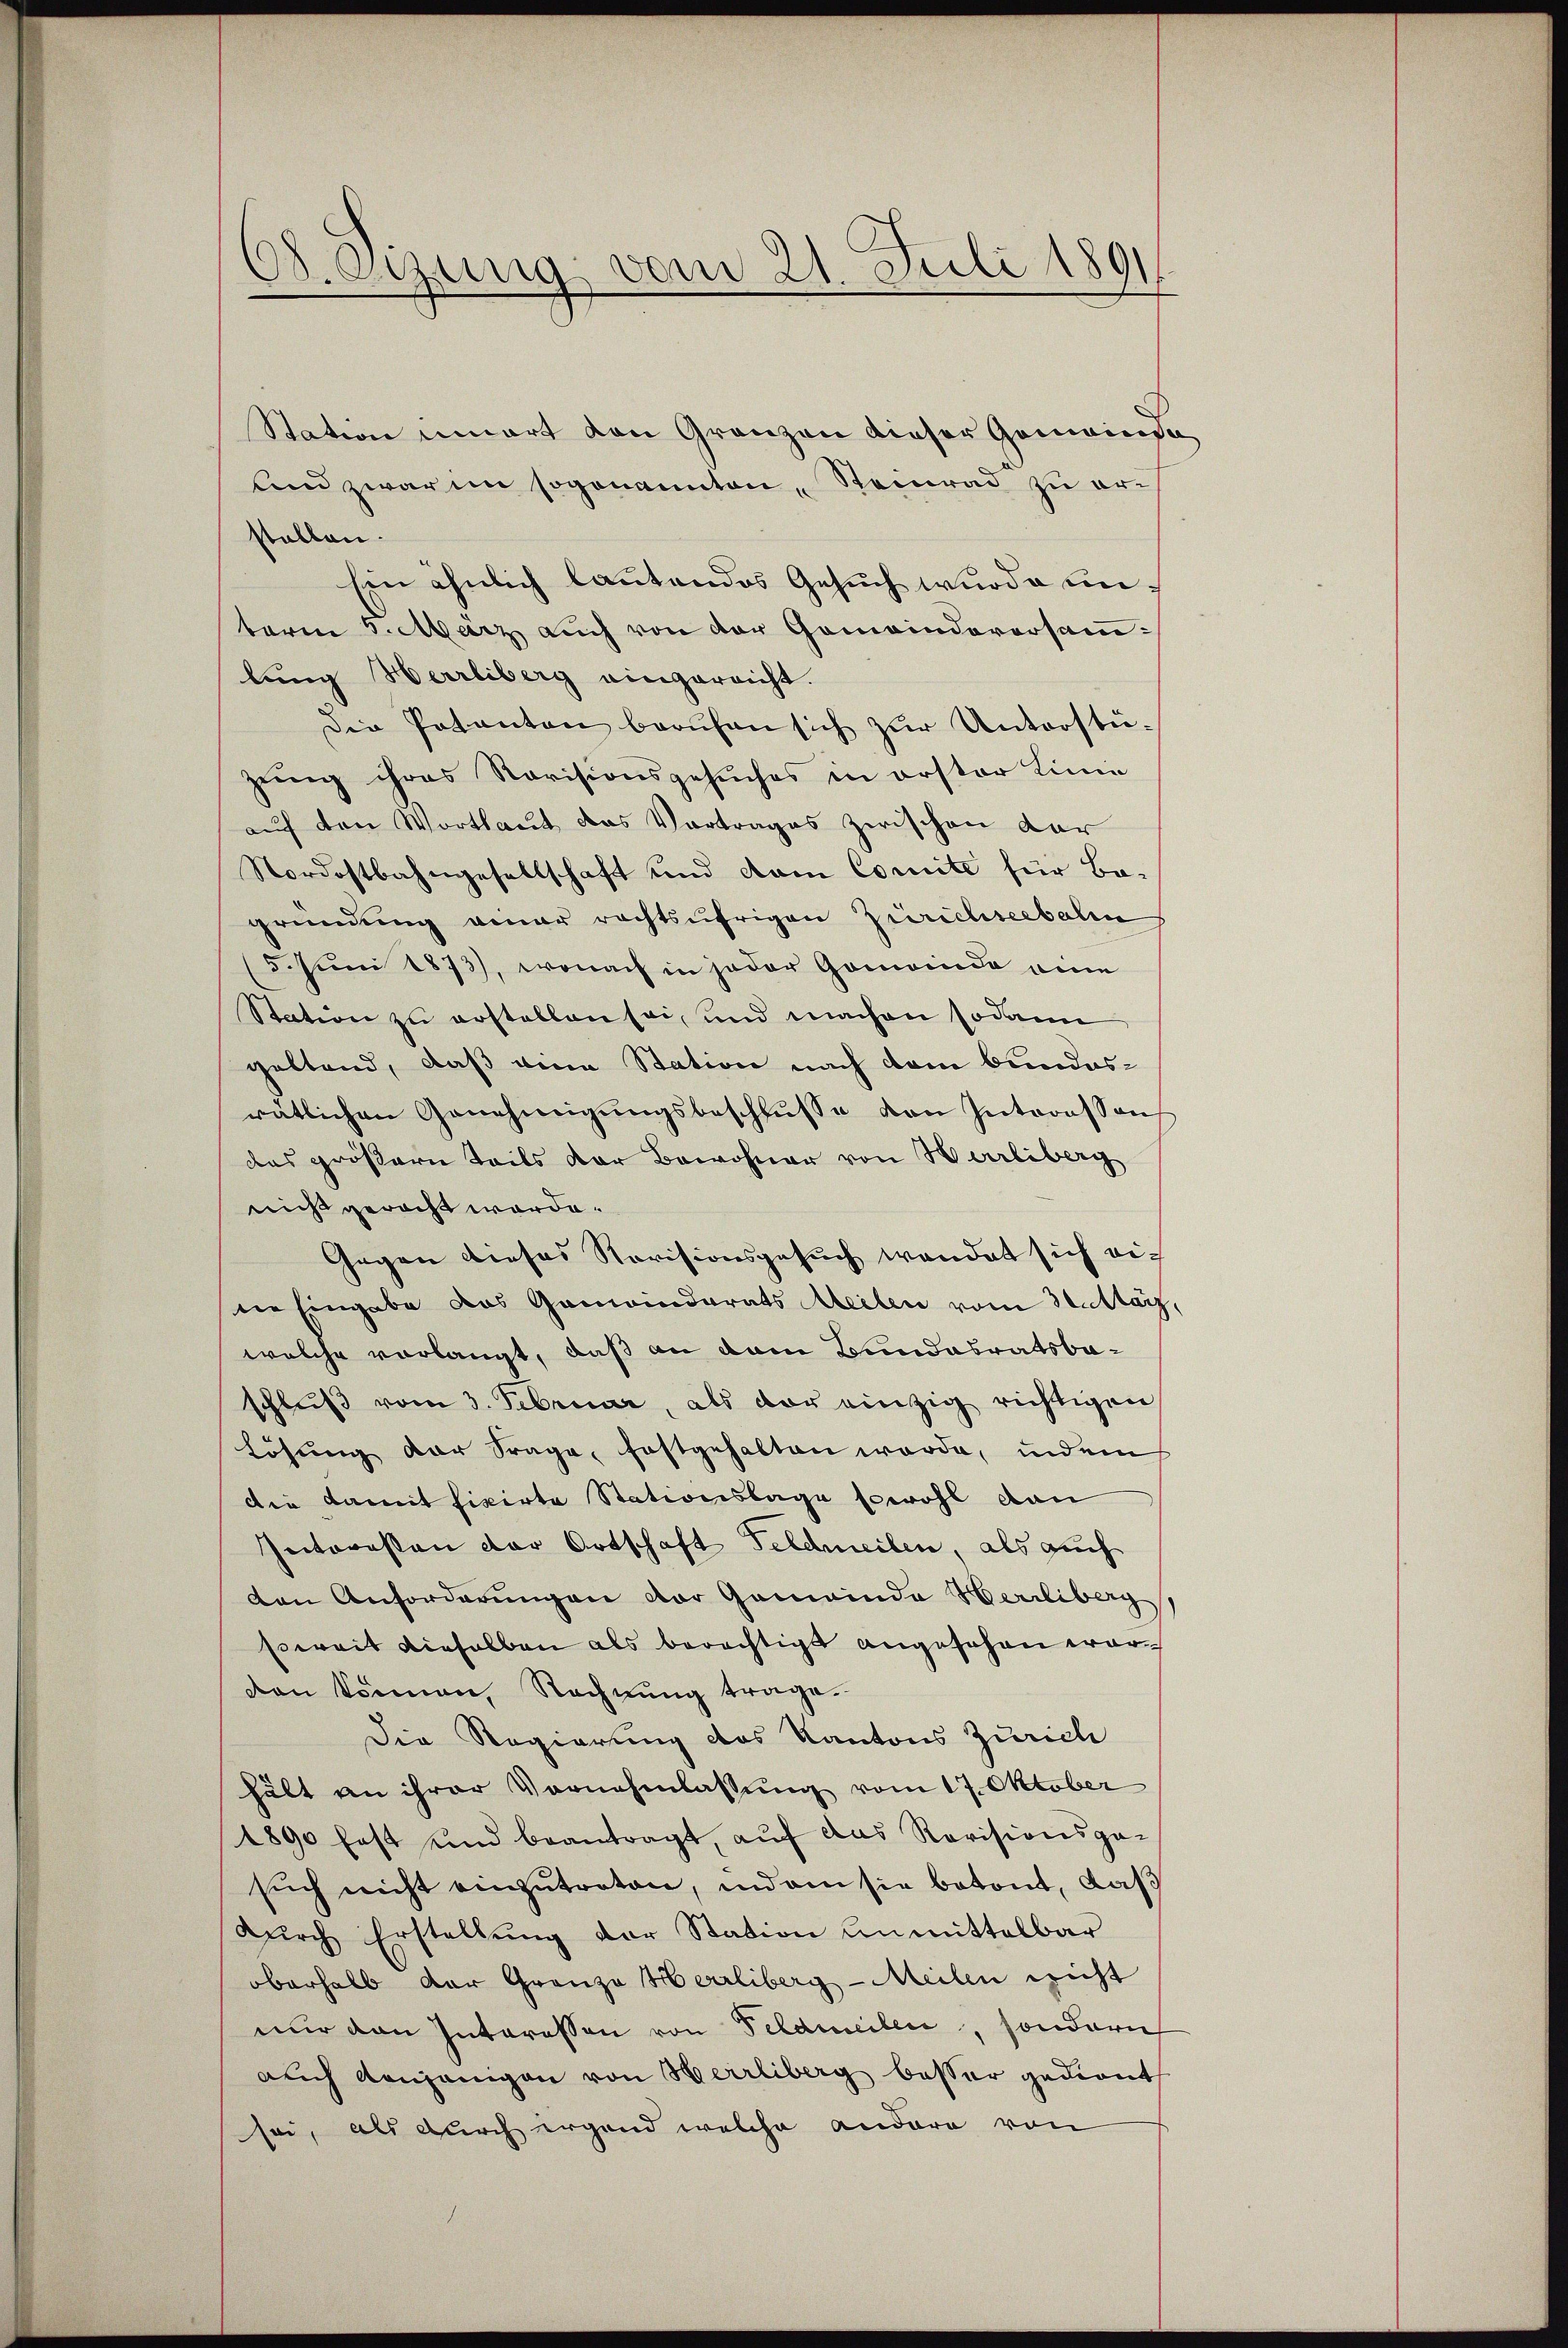
O. Ogung vom 21. Juli 189

Station innert den Gränzen dieser Gemeinde
Und zwar im sogenannten, Steinrad zu erstallen.
Ein ähnlich lautendes Gesuch wurde unterm 5. März auch von der Gemeindeversamlung Herrliberg eingereicht.
Die Patanton berŭfen sich zŭr Unterstü-
zung ihres Revisionsgesuches in erster Linie
auf den Wortlaut das Vortrages zwischen dar
Nordostbahngesellschaft und vom Comite für Bo-
gründung einer rechtsufrigen Zürichseebalen
5. Juni 1873), wonach in jeder Gemeinde eine
Station zu erstellen sei, und machen sodann
geltend, daß eine Station nach dem bundesrätlichen Genehmigŭngsbeschlŭsse von Interessen
das größern Teils der Bewohner von Herrliberg
nicht geracht werde.
Gegen dieses Revisionsgesuch wendet sich eidie Eingabe das Gemeinderats Meilen vom 3. März,
welche vorlangt, daß an dann Bundesratsbaschluß vom 3. Februar, als vor einzig richtigen
Lösung der Frage, festgehalten werde, indem
die damit fixirte Stationslage sowohl dan
Interessen der Ortschaft Feldmeilen, als auch
von Anforderungen vor Gemeinde Herrliberg
soweit dieselben als berechtigt angesehen worden können, Rechnung trage.
Die Regierung des Kantons Zürich
hält an ihrer Vornehmlassung vom 17. Oktober
1890 fast und beantragt, aŭf das Revisionsga-
sŭch nicht einzŭtreten, indem sie betont, daß
dŭrch Erstellŭng der Station unmittelbar
oberhalb der Granze Herrliberg-Meilen nicht
nur den Interessen von Feldmeilen, sondern
auch denjenigen von Herrliberg besser gedient
sei, als durch irgend welche andere von